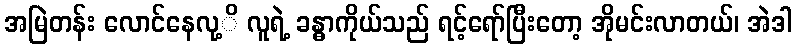
အမြဲတန်း လောင်နေလု့ိ လူရဲ့ ခန္ဓာကိုယ်သည် ရင့်ရော်ပြီးတော့ အိုမင်းလာတယ်၊ အဲဒါ